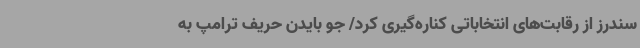
سندرز از رقابت‌های انتخاباتی کناره‌گیری کرد/ جو بایدن حریف ترامپ به